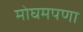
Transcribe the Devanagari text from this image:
मोघमपणा